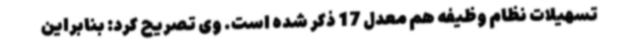
تسهیلات نظام وظیفه هم معدل 17 ذکر شده است. وی تصریح کرد: بنابراین